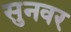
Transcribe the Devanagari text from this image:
सुनवर